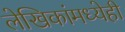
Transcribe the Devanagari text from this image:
लेखिकांमध्येही